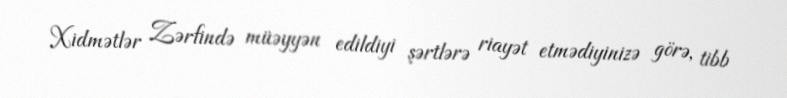
Xidmətlər Zərfində müəyyən edildiyi şərtlərə riayət etmədiyinizə görə, tibb